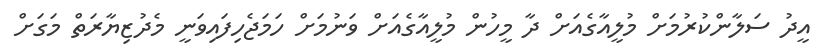
އީދު ސަލާންކުރުމަށް މުލީއާގެއަށް ދާ މީހުން މުލީއާގެއަށް ވަނުމަށް ހަމަޖެހިފައިވަނީ މެދުޒިޔާރަތް މަގަށް